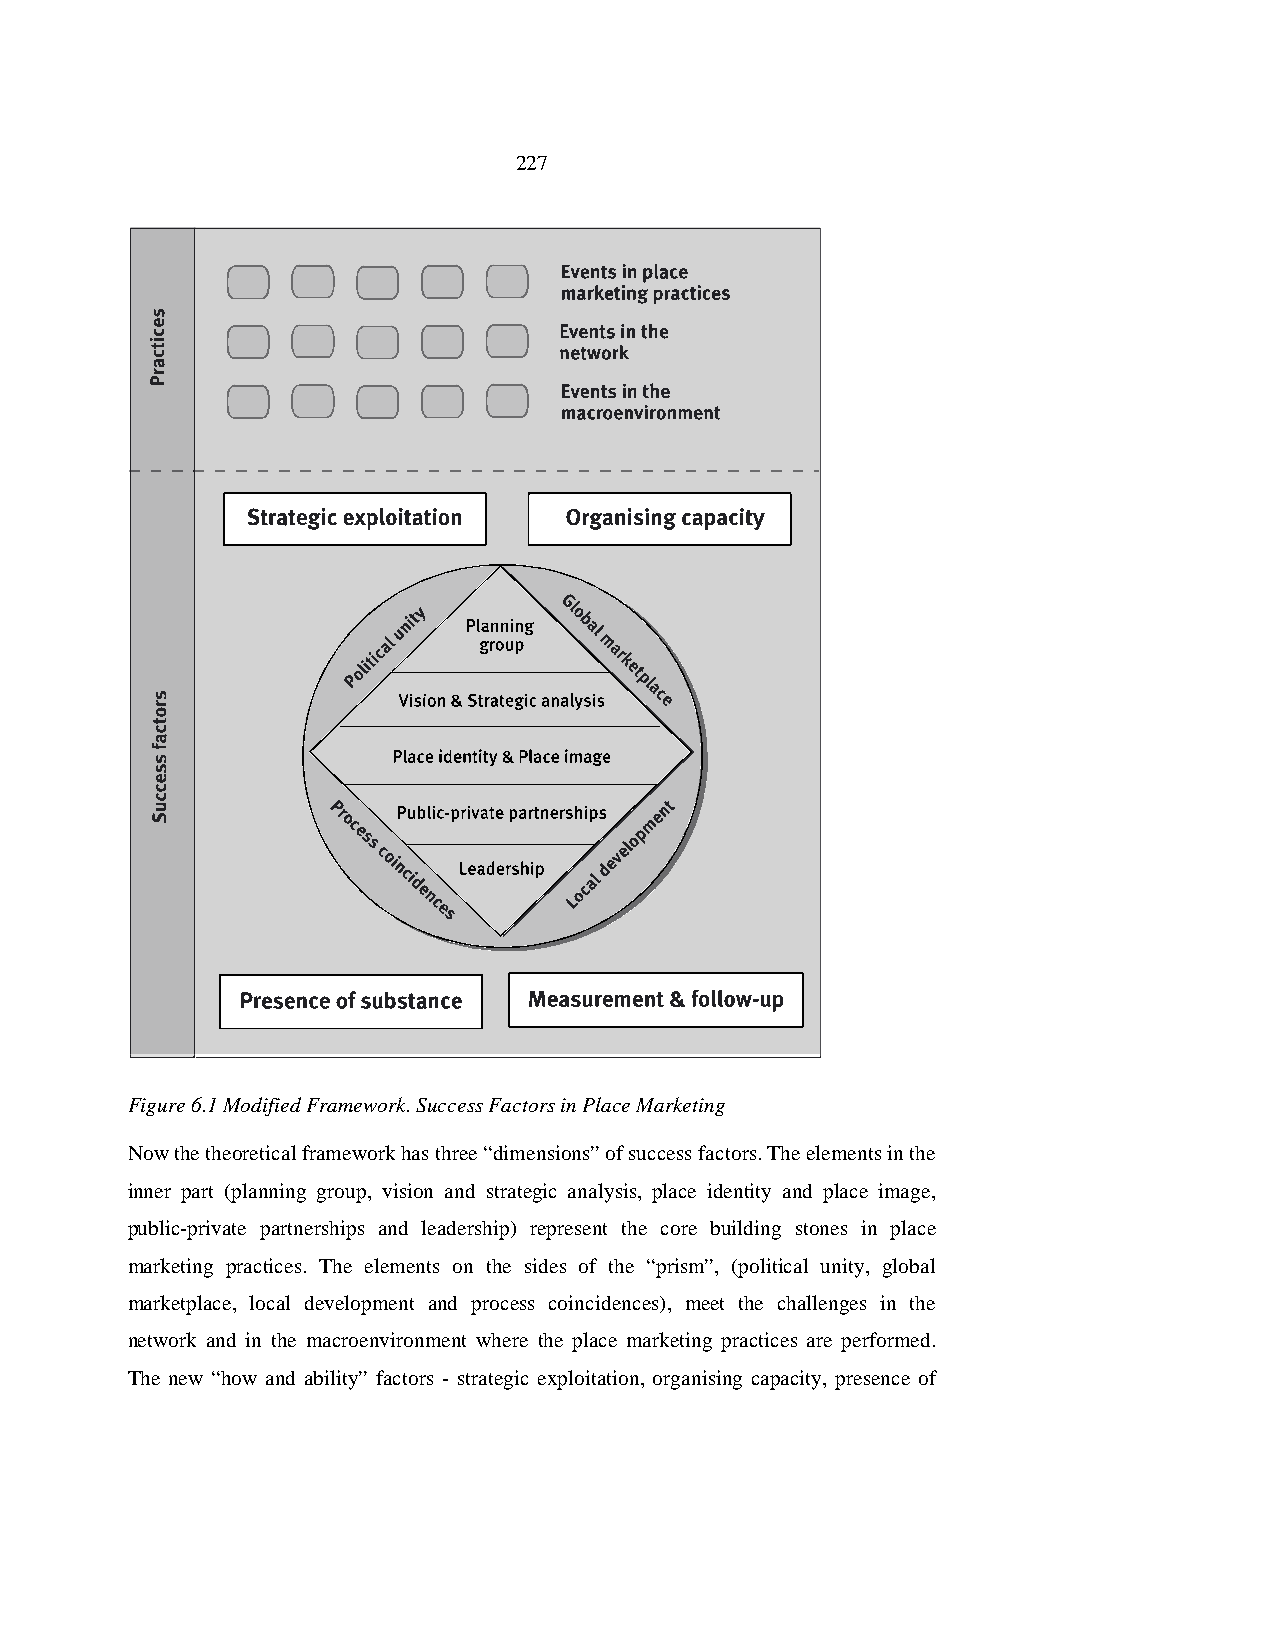
227
 Figure 6.1 Modified Framework. Success Factors in Place Marketing
 Now the theoretical framework has three “dimensions” of success factors. The elements in the
 inner part (planning group, vision and strategic analysis, place identity and place image,
 public-private partnerships and leadership) represent the core building stones in place
 marketing practices. The elements on the sides of the “prism”, (political unity, global
 marketplace, local development and process coincidences), meet the challenges in the
 network and in the macroenvironment where the place marketing practices are performed.
 The new “how and ability” factors - strategic exploitation, organising capacity, presence of